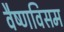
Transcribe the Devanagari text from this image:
वैष्णविसम